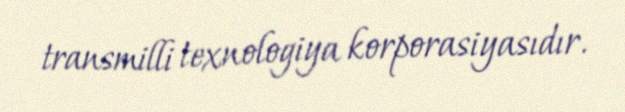
transmilli texnologiya korporasiyasıdır.